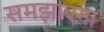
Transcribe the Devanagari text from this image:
समझाएगा